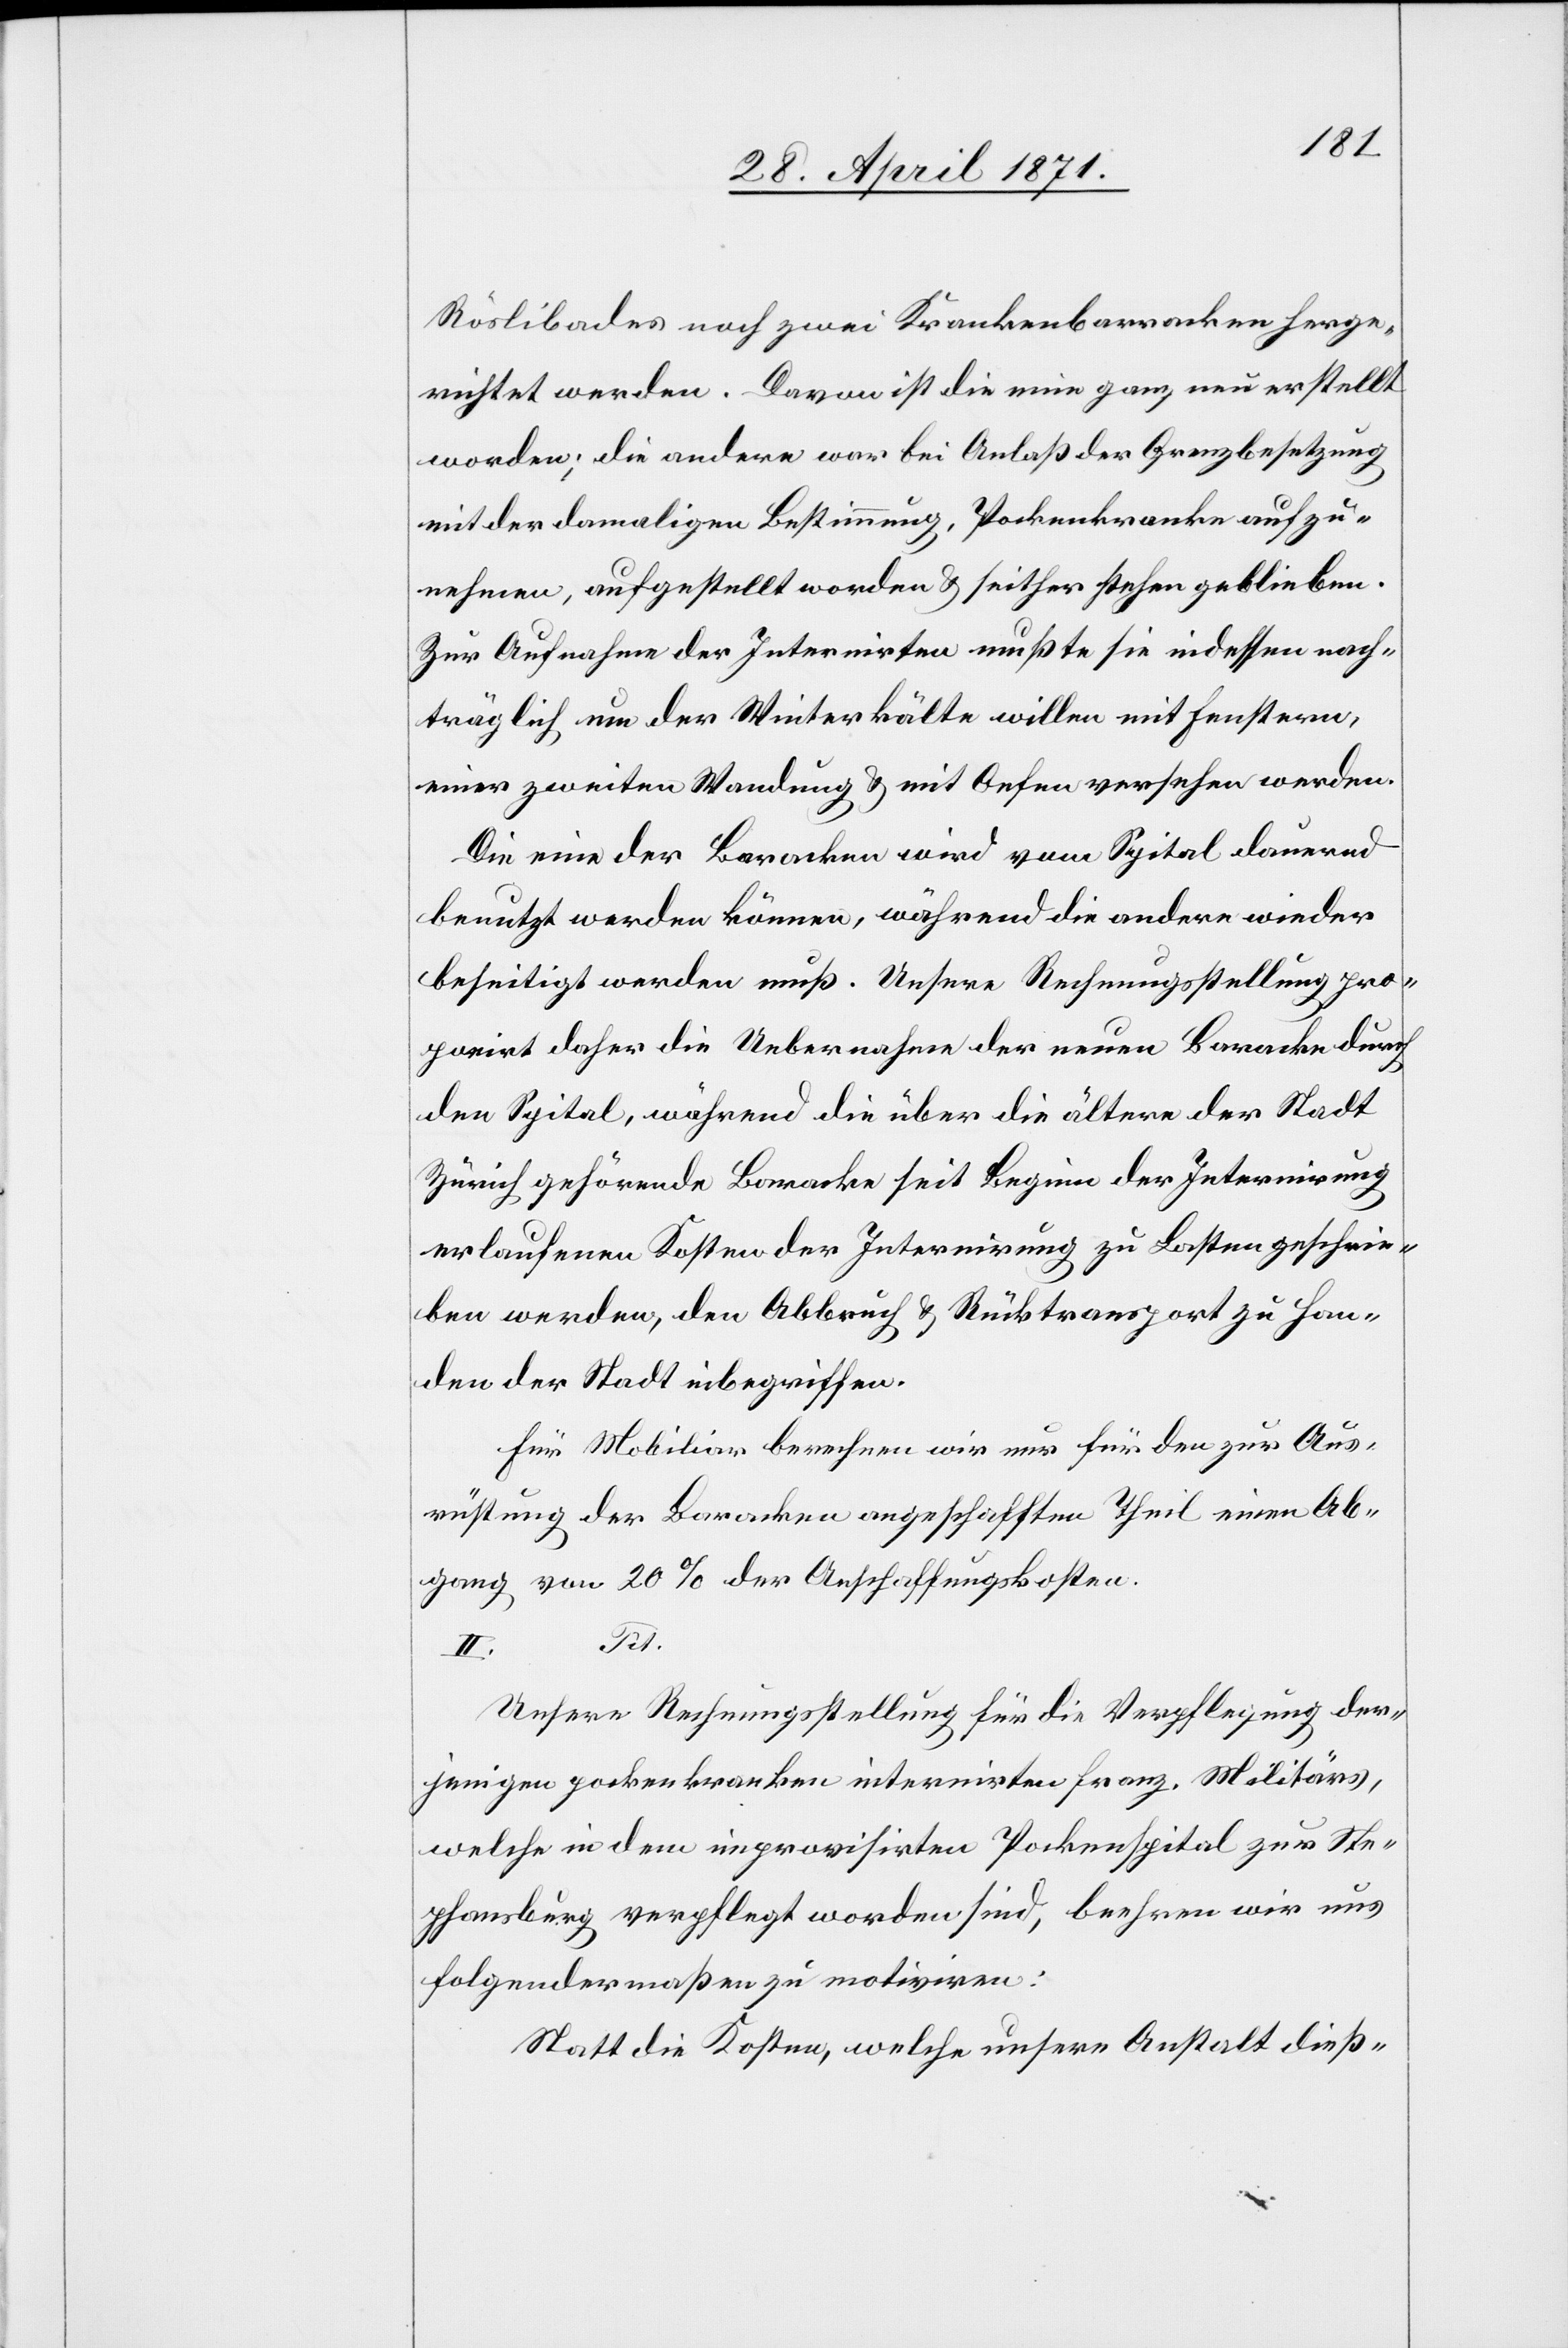
Röslibades noch zwei Krankenbarracken herge¬
richtet werden. Davon ist die eine ganz neu erstellt
worden; die andere war bei Anlaß der Grenzbesetzung
mit der damaligen Bestimmung, Pockenkranke aufzu¬
nehmen, aufgestellt worden u. seither stehen geblieben.
Zur Aufnahme der Internirten mußte sei indessen nach¬
träglich um der Winterkälte willen mit Fenstern,
einer zweiten Wandung u. mit Oefen versehen werden.
Die eine der Baracken wird vom Spital dauernd
benutzt werden können, während die andere wieder
beseitigt werden muß. Unsere Rechnungsstellung pro¬
ponirt daher die Uebernahme der neuen Baracke durch
den Spital, während die über die ältere der Stadt
Zürich gehörende Baracke seit Beginn der Internirung
erlaufenen Kosten der Internirung zu Lasten geschrie¬
ben werden, den Abbruch u. Rücktransport zu Han¬
den der Stadt inbegriffen.
Für Mobiliar berechnen wir nur für den zur Aus¬
rüstung der Baracken angeschafften Theil einen Ab¬
gang von 20 % der Anschaffungskosten.
Tit.
II.
Unsere Rechnungsstellung für die Verpflegung der¬
jenigen pockenkranken internirten franz. Militärs,
welche in dem improvisirten Pockenspital zur Ste¬
phansburg verpflegt worden sind, beehren wir uns
folgendermaßen zu motiviren:
Statt die Kosten, welche unsere Anstalt dieß-